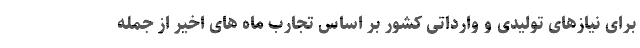
برای نیازهای تولیدی و وارداتی کشور بر اساس تجارب ماه های اخیر از جمله